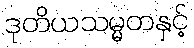
ဒုတိယသမ္မတနှင့်